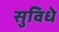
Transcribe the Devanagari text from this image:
सुविधे